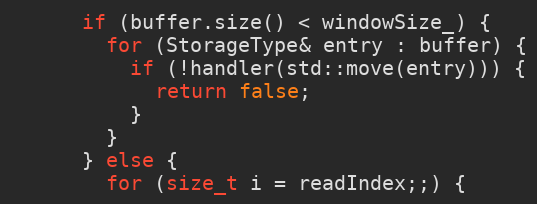
Language: C
      if (buffer.size() < windowSize_) {
        for (StorageType& entry : buffer) {
          if (!handler(std::move(entry))) {
            return false;
          }
        }
      } else {
        for (size_t i = readIndex;;) {